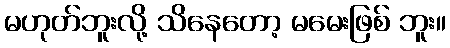
မဟုတ်ဘူးလို့ သိနေတော့ မမေးဖြစ် ဘူး။